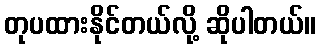
တုပထားနိုင်တယ်လို့ ဆိုပါတယ်။